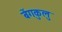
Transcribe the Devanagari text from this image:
बेंगकुलु